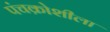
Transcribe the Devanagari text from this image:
पंचक्रोशीला